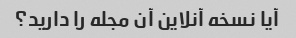
آیا نسخه آنلاین آن مجله را دارید؟